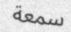
سمعة